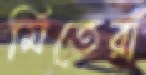
মিতেরাঁ